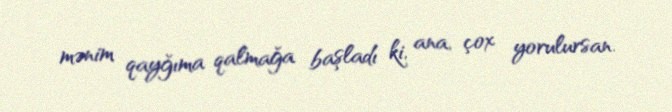
mənim qayğıma qalmağa başladı ki, ana, çox yorulursan.